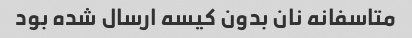
متاسفانه نان بدون کیسه ارسال شده بود